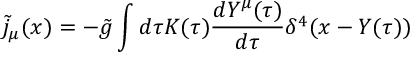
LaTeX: { \tilde { j } } _ { \mu } ( x ) = - { \tilde { g } } \int d \tau { \cal K } ( \tau ) \frac { d Y ^ { \mu } ( \tau ) } { d \tau } \delta ^ { 4 } ( x - Y ( \tau ) )